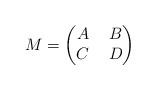
LaTeX: \begin{align*}M=\left(\begin{matrix}A\ & B\\C\ & D\end{matrix}\right)\end{align*}